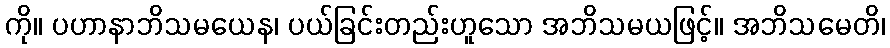
ကို။ ပဟာနာဘိသမယေန၊ ပယ်ခြင်းတည်းဟူသော အဘိသမယဖြင့်။ အဘိသမေတိ၊